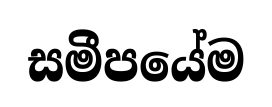
සමීපයේම